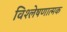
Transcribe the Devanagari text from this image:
विश्‍लेषणात्मक